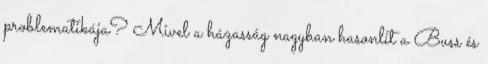
problematikája? Mivel a házasság nagyban hasonlít a Buss és